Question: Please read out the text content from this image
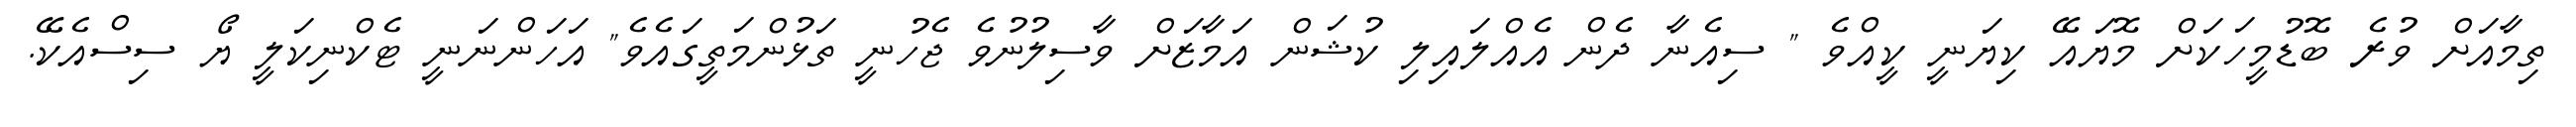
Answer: ތިމާއަށް ވުރެ ބޮޑުމީހަކަށް މޮޔައޭ ކިޔަނީ ކީއްވެ " ސިއެނާ ދެން އެއްލައިލި ކުޝަން އަމާޒަށް ވާސިލުނުވެ ޖެހުނީ ތަޅުންމަތީގައެވެ" އަހަންނަނީ ޓެކްނިކަލީ ޔޯ ސިސްއެކޭ.